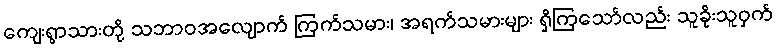
ကျေးရွာသားတို့ သဘာဝအလျောက် ကြက်သမား၊ အရက်သမားများ ရှိကြသော်လည်း သူခိုးသူဝှက်